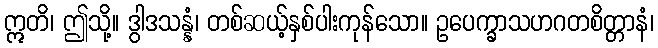
ဣတိ၊ ဤသို့။ ဒွါဒသန္နံ၊ တစ်ဆယ့်နှစ်ပါးကုန်သော။ ဥပေက္ခာသဟဂတစိတ္တာနံ၊